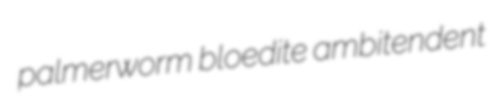
palmerworm bloedite ambitendent